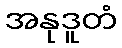
အနုဒူတံ